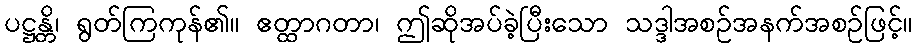
ပဋ္ဌန္တိ၊ ရွတ်ကြကုန်၏။ ဧတ္ထာဂတာ၊ ဤဆိုအပ်ခဲ့ပြီးသော သဒ္ဒါအစဉ်အနက်အစဉ်ဖြင့်။